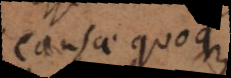
Causae quoque